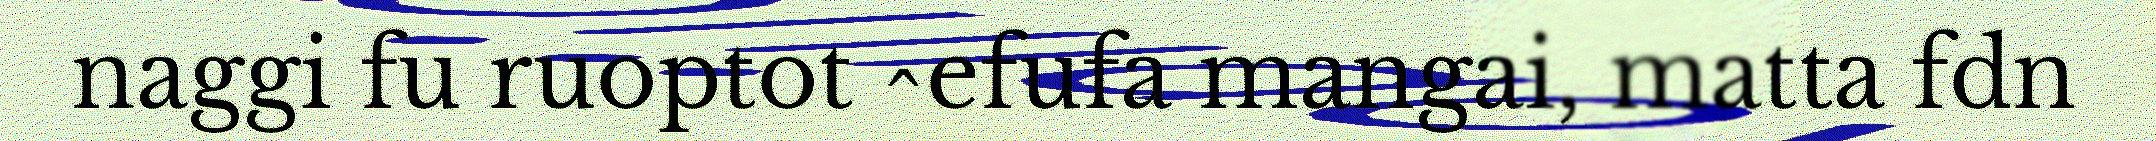
naggi fu ruoptot ^efufa mangai, matta fdn